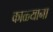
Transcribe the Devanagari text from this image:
काळ्याना